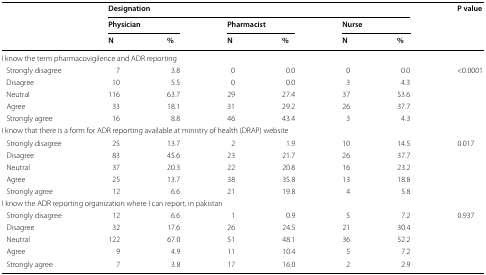
| <ROWSPAN=3>  | <COLSPAN=6> Designation | <ROWSPAN=3> P value |
 | <COLSPAN=2> Physician | <COLSPAN=2> Pharmacist | <COLSPAN=2> Nurse |
 | N | % | N | % | N | % |
 | --- | --- | --- | --- | --- | --- | --- | --- |
 | <COLSPAN=8> I know the term pharmacovigilence and ADR reporting |
 | Strongly disagree | 7 | 3.8 | 0 | 0.0 | 0 | 0.0 | <0.0001 |
 | Disagree | 10 | 5.5 | 0 | 0.0 | 3 | 4.3 |  |
 | Neutral | 116 | 63.7 | 29 | 27.4 | 37 | 53.6 |  |
 | Agree | 33 | 18.1 | 31 | 29.2 | 26 | 37.7 |  |
 | Strongly agree | 16 | 8.8 | 46 | 43.4 | 3 | 4.3 |  |
 | <COLSPAN=8> I know that there is a form for ADR reporting available at ministry of health (DRAP) website |
 | Strongly disagree | 25 | 13.7 | 2 | 1.9 | 10 | 14.5 | 0.017 |
 | Disagree | 83 | 45.6 | 23 | 21.7 | 26 | 37.7 |  |
 | Neutral | 37 | 20.3 | 22 | 20.8 | 16 | 23.2 |  |
 | Agree | 25 | 13.7 | 38 | 35.8 | 13 | 18.8 |  |
 | Strongly agree | 12 | 6.6 | 21 | 19.8 | 4 | 5.8 |  |
 | <COLSPAN=8> I know the ADR reporting organization where I can report, in pakistan |
 | Strongly disagree | 12 | 6.6 | 1 | 0.9 | 5 | 7.2 | 0.937 |
 | Disagree | 32 | 17.6 | 26 | 24.5 | 21 | 30.4 |  |
 | Neutral | 122 | 67.0 | 51 | 48.1 | 36 | 52.2 |  |
 | Agree | 9 | 4.9 | 11 | 10.4 | 5 | 7.2 |  |
 | Strongly agree | 7 | 3.8 | 17 | 16.0 | 2 | 2.9 |  |